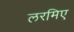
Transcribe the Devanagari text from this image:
लरमिए